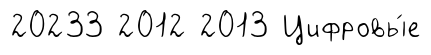
20233 2012 2013 Цифровы́е